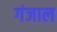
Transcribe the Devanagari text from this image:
गंजाल